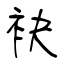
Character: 袂